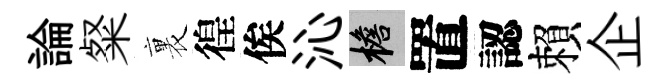
論粲裏徨俟沁檐置認賴企